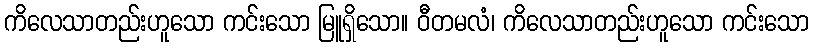
ကိလေသာတည်းဟူသော ကင်းသော မြူရှိသော။ ဝီတမလံ၊ ကိလေသာတည်းဟူသော ကင်းသော